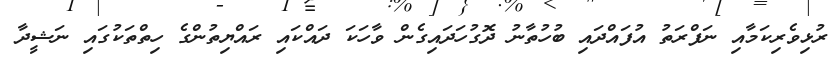
ރުޅިވެރިކަމާއި ނަފްރަތު އުފައްދައި ބުހުތާނު ދޮގުހަދައިގެން ވާހަކަ ދައްކައި ރައްޔިތުންގެ ހިތްތަކުގައި ނަޝީދާ